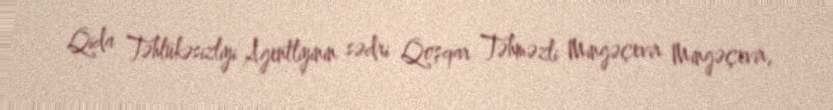
Qida Təhlükəsizliyi Agentliyinin sədri Qoşqar Təhməzli Mingəçevir Mingəçevir,